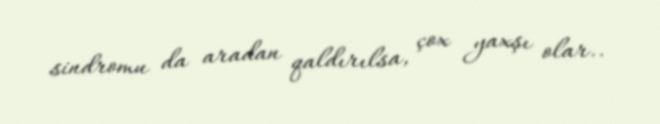
sindromu da aradan qaldırılsa, çox yaxşı olar..